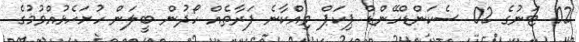
02 ޓަނުގެ 02 ސެކަންޑްހޭންޑް ޕިކަޕް ވިއްކާނެ ފަރާތެއް ހޯދުން ބީލަން ހުށަހެޅުއްވުމުގެ